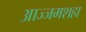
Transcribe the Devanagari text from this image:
आज्जमशहा